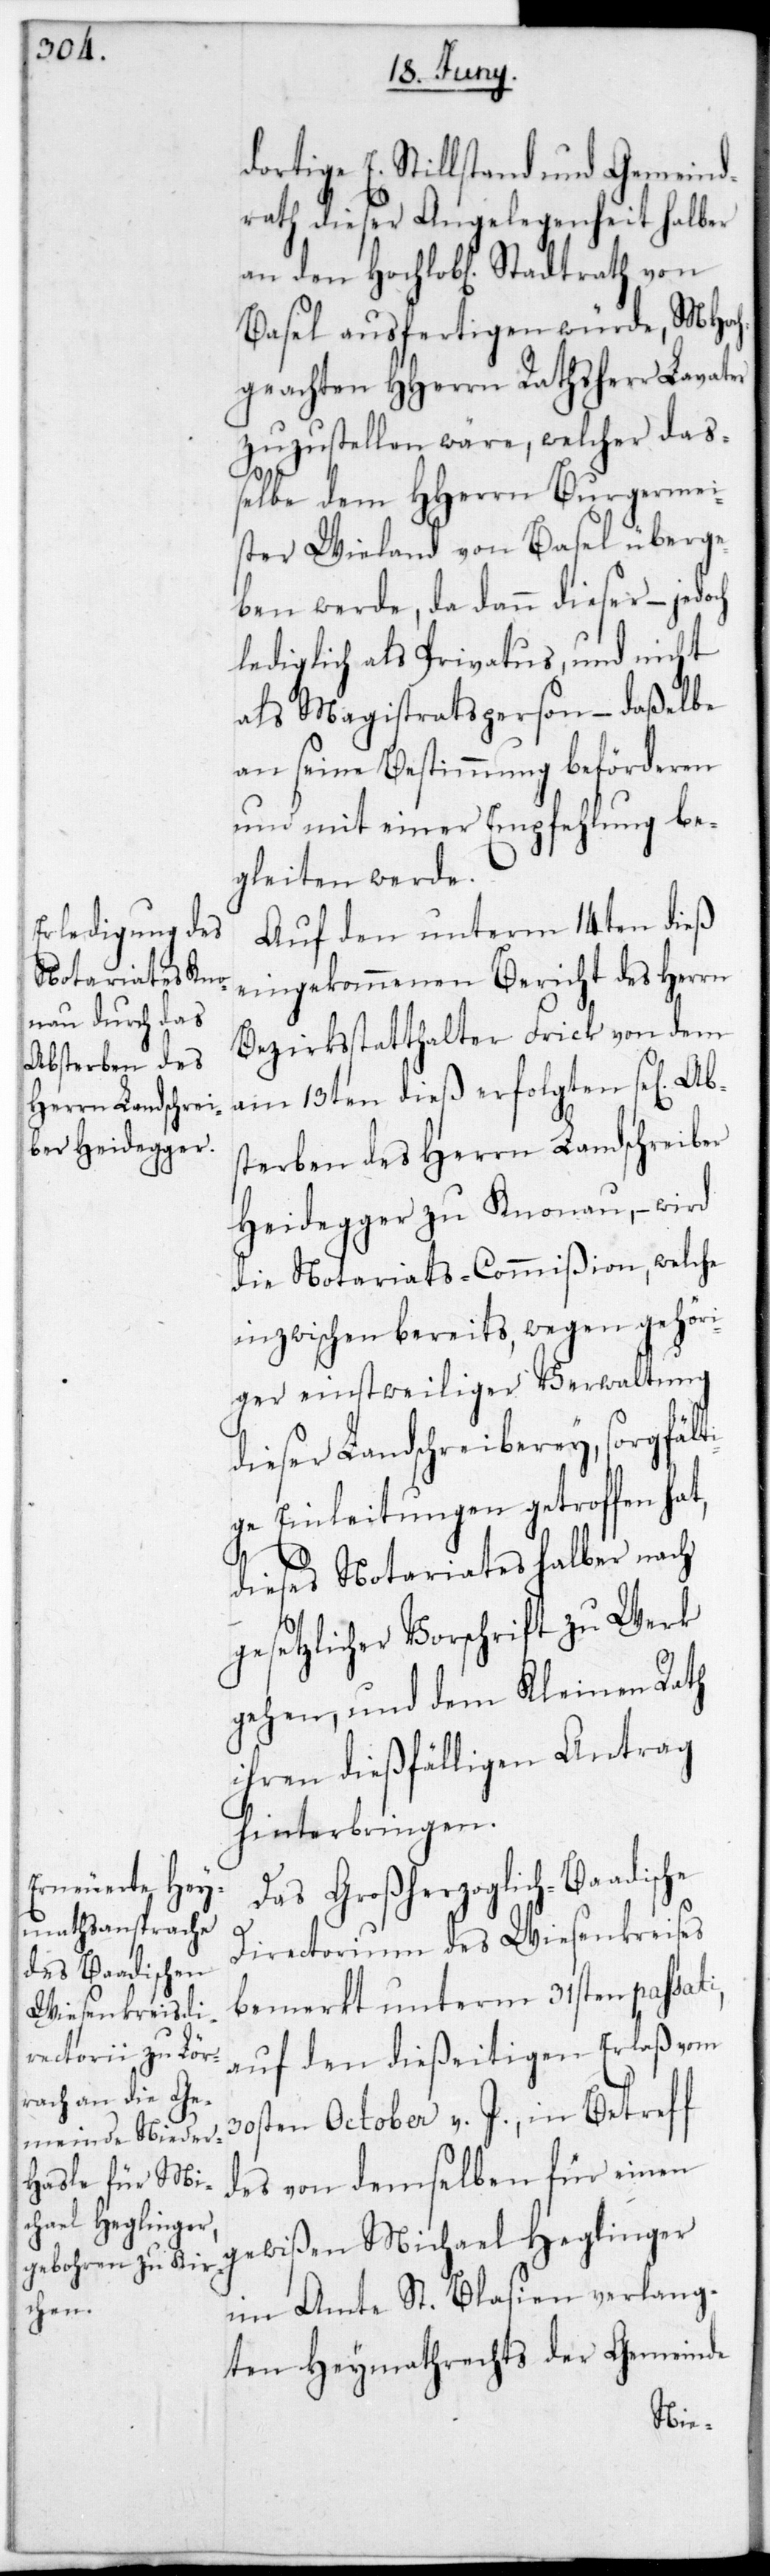
dortige E. Stillstand und Gemeind¬
rath dieser Angelegenheit halber
an den Hochlobl. Stadtrath von
Basel ausfertigen würde, MHoc¬
hgeachten HHerrn Rathsherr Lavater
zuzustellen wäre, welcher daß¬
elbe dem HHerrn Burgermei¬
ster Wieland von Basel überge¬
ben werde, da dann dieser – jedoch
lediglich als Privatus und nicht
als Magistrathsperson, – daßelbe
an seine Bestimmung beförderen
und mit einer Empfehlung be¬
gleiten werde.
Auf den unterm 14ten dieß
eingekommenen Bericht des Herrn
Bezirksstatthalter Frick von dem
am 13ten dieß erfolgten sel. Abs¬
terben des Herrn Landschreiber
Heidegger zu Knonau, – wird
die Notariats-Commißion, welche
inzwischen bereits wegen gehöri¬
ger einstweiliger Verwaltung
dieser Landschreiberey, sorgfält¬
ige Einleitungen getroffen hat,
dieses Notariates halber nach
gesetzlicher Vorschrift zu Werk
gehen, und dem Kleinen Rath
ihren dießfälligen Antrag
hinterbringen.
Das Großherzoglich-Baadische
Directorium des Wiesenkreises
bemerkt unterm 31sten passati,
auf den dießeitigen Erlaß vom
30sten October v. J., in Betreff
des von demselben für einen
gewißen Michael Heglinger
im Amte St. Blasien verlang¬
ten Heymathrechts der Gemeinde